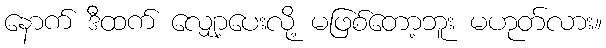
နောက် ဒီထက် လျှော့ပေးလို့ မဖြစ်တော့ဘူး မဟုတ်လား။